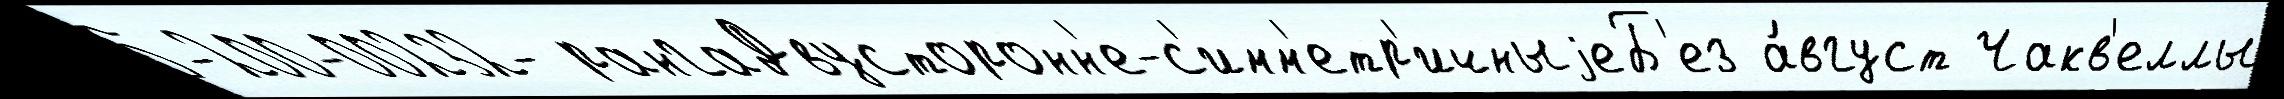
5-200-00232- рангаДвусторонн'е-с'имм'етр'ичныjеБ'ез а́вгуст Чакв'еллы